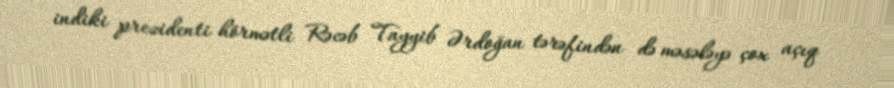
indiki prezidenti hörmətli Rəcəb Tayyib Ərdoğan tərəfindən də məsələyə çox açıq